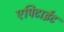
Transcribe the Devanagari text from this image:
एपिटाईट